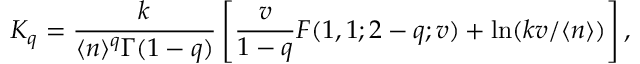
K _ { q } = \frac { k } { \langle n \rangle ^ { q } \Gamma ( 1 - q ) } \left[ \frac { v } { 1 - q } F ( 1 , 1 ; 2 - q ; v ) + \ln ( k v / \langle n \rangle ) \right] ,